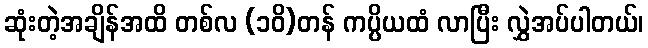
ဆုံးတဲ့အချိန်အထိ တစ်လ (၁၀ိ)တန် ကပ္ပိယထံ လာပြီး လွှဲအပ်ပါတယ်၊